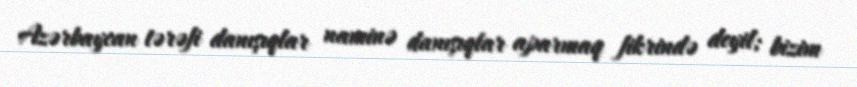
Azərbaycan tərəfi danışıqlar naminə danışıqlar aparmaq fikrində deyil; bizim